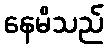
နေမိသည်